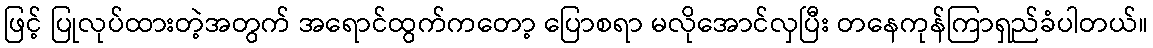
ဖြင့် ပြုလုပ်ထားတဲ့အတွက် အရောင်ထွက်ကတော့ ပြောစရာ မလိုအောင်လှပြီး တနေကုန်ကြာရှည်ခံပါတယ်။